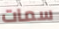
سمات